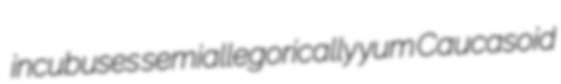
incubuses semiallegorically yum Caucasoid